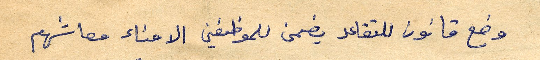
وضع قانون للتقاعد يضمن للموظفين الامناء معاشهم